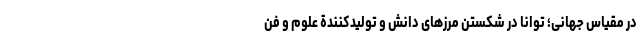
در مقیاس جهانی؛ توانا در شکستن مرزهای دانش و تولیدکنندة علوم و فن